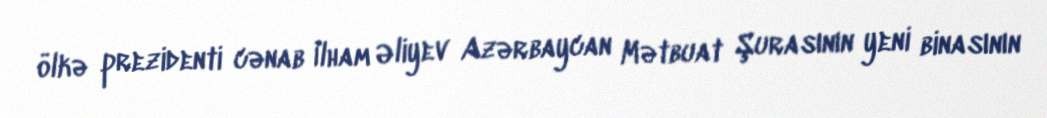
ölkə prezidenti cənab İlham Əliyev Azərbaycan Mətbuat Şurasının yeni binasının